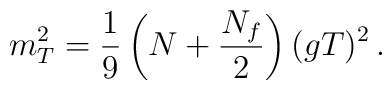
m_T^2 = \frac{1}{9} \left( N + \frac{N_f}{2} \right) (g T)^2 \, .